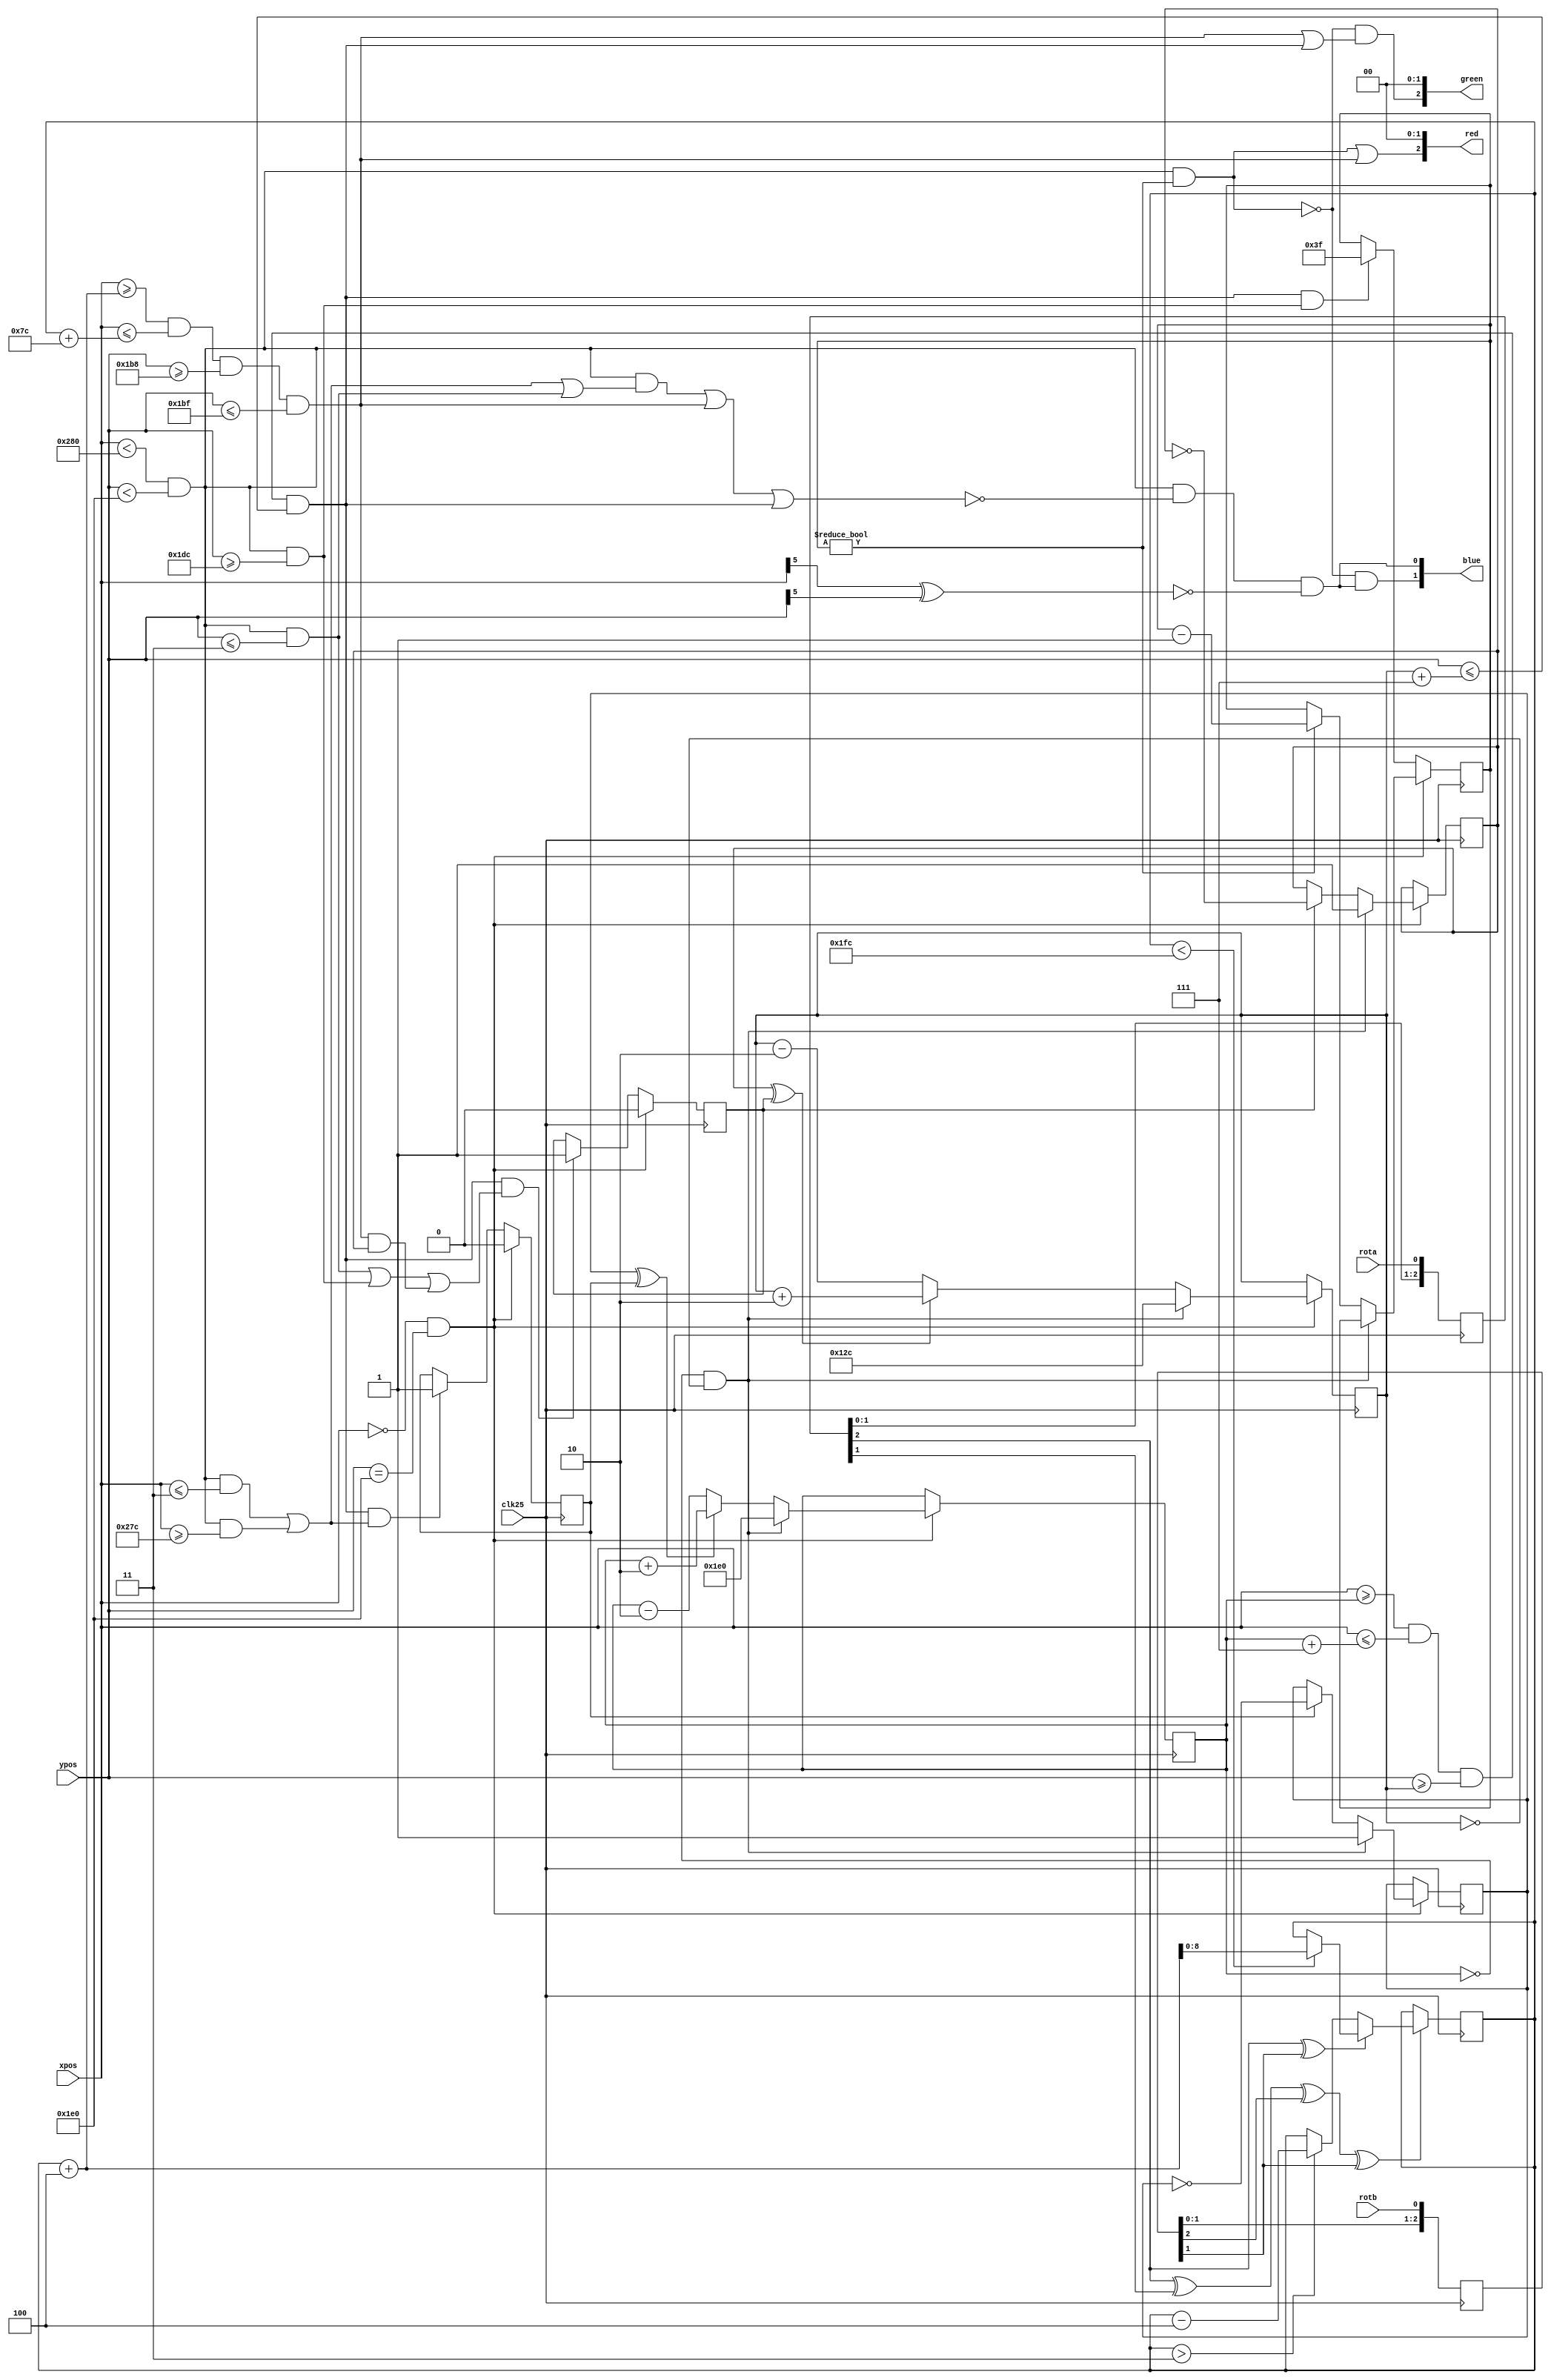
`timescale 1ns / 1ps
// -----------------------------------------------
// updates the ball and paddle positions, and
// determines the output video image
// -----------------------------------------------
module game(input clk25,
				input [9:0] xpos,
				input [9:0] ypos,
				input rota,
				input rotb,
				output [2:0] red,
				output [2:0] green,
				output [1:0] blue);
		
// paddle movement		
reg [8:0] paddlePosition;
reg [2:0] quadAr, quadBr;
always @(posedge clk25) quadAr <= {quadAr[1:0], rota};
always @(posedge clk25) quadBr <= {quadBr[1:0], rotb};

always @(posedge clk25)
if(quadAr[2] ^ quadAr[1] ^ quadBr[2] ^ quadBr[1])
begin
	if(quadAr[2] ^ quadBr[1]) begin
		if(paddlePosition < 508)        // make sure the value doesn't overflow
			paddlePosition <= paddlePosition + 4;
	end
	else begin
		if(paddlePosition > 3)        // make sure the value doesn't underflow
			paddlePosition <= paddlePosition - 4;
	end
end
		
// ball movement	
reg [9:0] ballX;
reg [8:0] ballY;
reg ballXdir, ballYdir;
reg bounceX, bounceY;
	
wire endOfFrame = (xpos == 0 && ypos == 480);
	
always @(posedge clk25) begin
	if (endOfFrame) begin // update ball position at end of each frame
		if (ballX == 0 && ballY == 0) begin // cheesy reset handling, assumes initial value of 0
			ballX <= 480;
			ballY <= 300;
		end
		else begin
			if (ballXdir ^ bounceX) 
				ballX <= ballX + 2;
			else 
				ballX <= ballX - 2;	

			if (ballYdir ^ bounceY) 
				ballY <= ballY + 2;
			else
				ballY <= ballY - 2;	
		end
	end	
end		
		
// pixel color	
reg [5:0] missTimer;	
wire visible = (xpos < 640 && ypos < 480);
wire top = (visible && ypos <= 3);
wire bottom = (visible && ypos >= 476);
wire left = (visible && xpos <= 3);
wire right = (visible && xpos >= 636);
wire border = (visible && (left || right || top));
wire paddle = (xpos >= paddlePosition+4 && xpos <= paddlePosition+124 && ypos >= 440 && ypos <= 447);
wire ball = (xpos >= ballX && xpos <= ballX+7 && ypos >= ballY && ypos <= ballY+7);
wire background = (visible && !(border || paddle || ball));
wire checkerboard = (xpos[5] ^ ypos[5]);
wire missed = visible && missTimer != 0;

assign red   = { missed || paddle, 2'b00 };
assign green = { !missed && (paddle || ball), 2'b00 };
assign blue  = { !missed && (background && !checkerboard), background && !checkerboard  }; 
		
// ball collision	
always @(posedge clk25) begin
	if (!endOfFrame) begin
		if (ball && (left || right))
			bounceX <= 1;
		if (ball && (top || bottom || (paddle && ballYdir)))
			bounceY <= 1;
		if (ball && bottom)
			missTimer <= 63;
	end
	else begin
		if (ballX == 0 && ballY == 0) begin // cheesy reset handling, assumes initial value of 0
			ballXdir <= 1;
			ballYdir <= 1;
			bounceX <= 0;
			bounceY <= 0;
		end 
		else begin
			if (bounceX)
				ballXdir <= ~ballXdir;
			if (bounceY)
				ballYdir <= ~ballYdir;			
			bounceX <= 0;
			bounceY <= 0;
			if (missTimer != 0)
				missTimer <= missTimer - 1;
		end
	end
end
		
endmodule